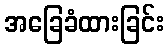
အခြေခံထားခြင်း